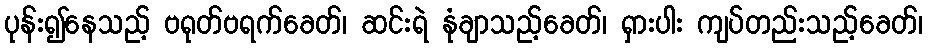
ပုန်း၍နေသည့် ဗရုတ်ဗရက်ခေတ်၊ ဆင်းရဲ နုံချာသည့်ခေတ်၊ ရှားပါး ကျပ်တည်းသည့်ခေတ်၊